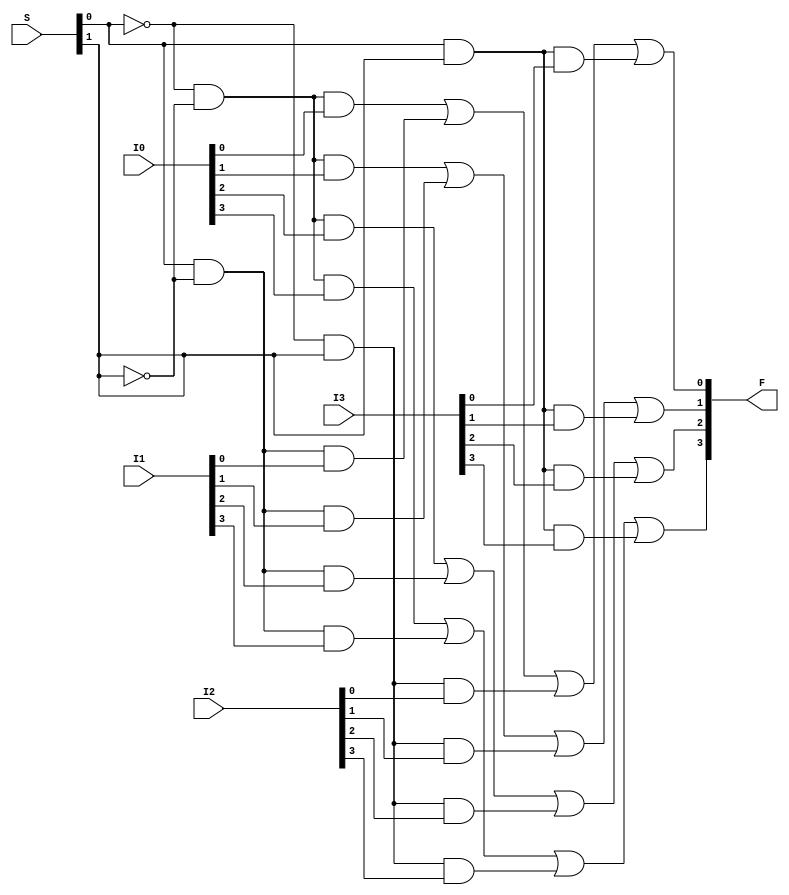
/*
 * Generated by Digital. Don't modify this file!
 * Any changes will be lost if this file is regenerated.
 */

module MUX424 (
  input [1:0] S,
  input [3:0] I0,
  input [3:0] I1,
  input [3:0] I2,
  input [3:0] I3,
  output [3:0] F
);
  wire s0;
  wire s1;
  wire s2;
  wire s3;
  wire s4;
  wire s5;
  wire s6;
  wire s7;
  assign s0 = S[0];
  assign s1 = S[1];
  assign s2 = ~ s0;
  assign s3 = ~ s1;
  assign s7 = (s0 & s1);
  assign s4 = (s2 & s3);
  assign s5 = (s0 & s3);
  assign s6 = (s2 & s1);
  assign F[0] = ((s4 & I0[0]) | (s5 & I1[0]) | (s6 & I2[0]) | (s7 & I3[0]));
  assign F[1] = ((s4 & I0[1]) | (s5 & I1[1]) | (s6 & I2[1]) | (s7 & I3[1]));
  assign F[2] = ((s4 & I0[2]) | (s5 & I1[2]) | (s6 & I2[2]) | (s7 & I3[2]));
  assign F[3] = ((s4 & I0[3]) | (s5 & I1[3]) | (s6 & I2[3]) | (s7 & I3[3]));
endmodule